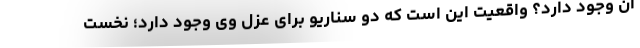
آن وجود دارد؟ واقعیت این است که دو سناریو برای عزل وی وجود دارد؛ نخست